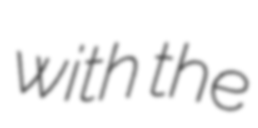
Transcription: with the